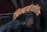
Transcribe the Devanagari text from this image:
झिम्बाब्वेव्यतिरिक्त